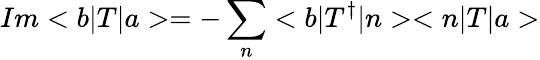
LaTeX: Im<b|T|a>=-\sum_{n}<b|T^{\dagger}|n><n|T|a>